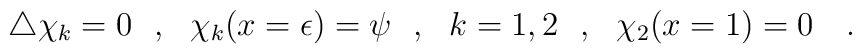
\bigtriangleup\chi_k=0~~,~~\chi_k(x=\epsilon)=\psi~~,{}~~k=1,2~~,~~\chi_2(x=1)=0~~~.